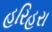
હરિહરા